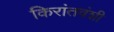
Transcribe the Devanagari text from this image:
किरांतवंशी